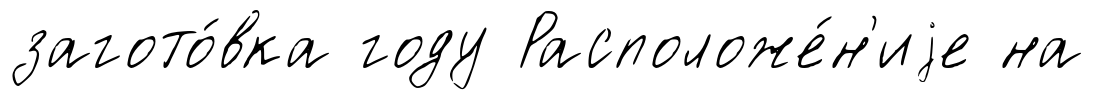
загото́вка году Расположе́н'иjе на